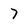
Character: 7